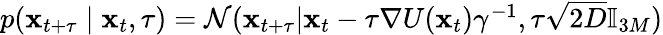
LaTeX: \begin{array}{r}{p(\mathbf{x}_{t+\tau}\mid\mathbf{x}_{t},\tau)=\mathcal{N}(\mathbf{x}_{t+\tau}|\mathbf{x}_{t}-\tau\nabla U(\mathbf{x}_{t})\gamma^{-1},\tau\sqrt{2D}\mathbb{I}_{3M})}\end{array}